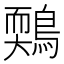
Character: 𪃉